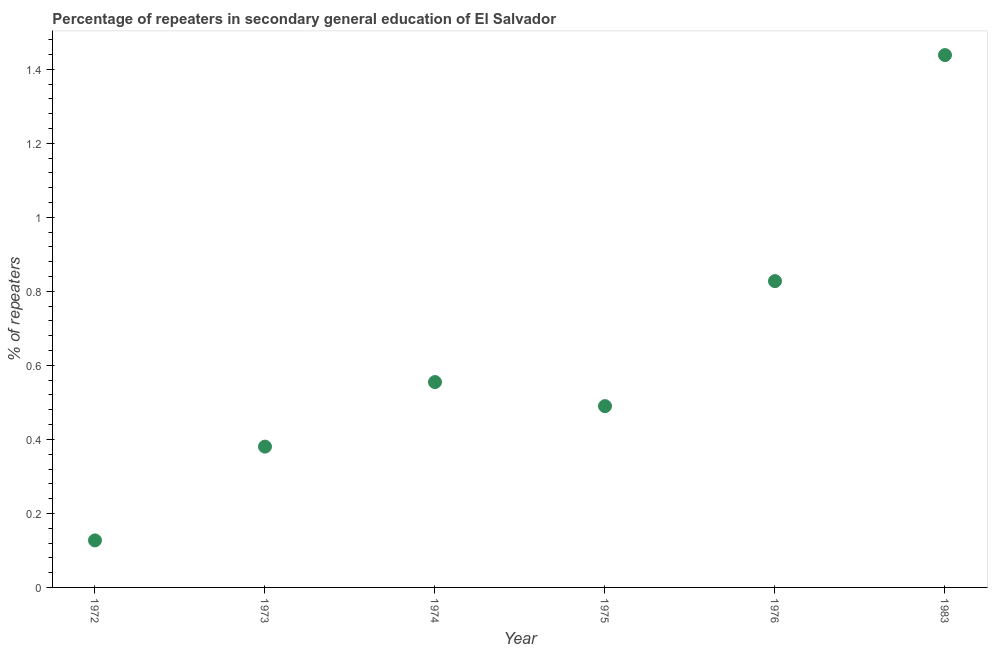
| Year | Percentage of repeaters |
 | --- | --- |
 | 1972 | 0.127 |
 | 1973 | 0.381 |
 | 1974 | 0.555 |
 | 1975 | 0.49 |
 | 1976 | 0.828 |
 | 1983 | 1.44 |